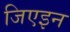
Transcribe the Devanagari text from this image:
जिएइन